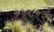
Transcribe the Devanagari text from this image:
१४५१३५